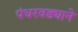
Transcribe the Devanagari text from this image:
पंधरवड्याने